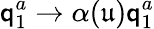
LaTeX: \mathsf{q}_{1}^{a}\to\alpha(\mathfrak{{u}})\mathsf{q}_{1}^{a}